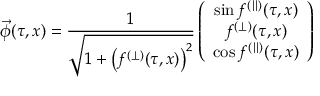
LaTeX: \vec { \phi } ( \tau , x ) = \frac { 1 } { \sqrt { 1 + \left( f ^ { ( \perp ) } ( \tau , x ) \right) ^ { 2 } } } \left( \begin{array} { c } { { \sin f ^ { ( \parallel ) } ( \tau , x ) } } \\ { { f ^ { ( \perp ) } ( \tau , x ) } } \\ { { \cos f ^ { ( \parallel ) } ( \tau , x ) } } \end{array} \right)